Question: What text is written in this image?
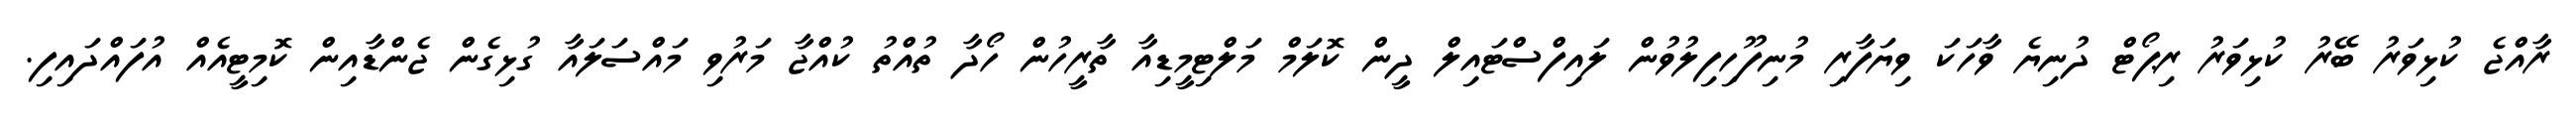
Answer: ރާއްޖެ ކުޅިވަރު ބޭރު ކުޅިވަރު ރިޕޯޓް ދުނިޔެ ވާހަކަ ވިޔަފާރި މުނިފޫހިފިލުވުން ލައިފްސްޓައިލް ދީން ކޮލަމް މަލްޓިމީޑިއާ ތާރީހުން ހޯދާ ތުއްތު ކުއްޖާ މަރުވި މައްސަލައާ ގުޅިގެން ޖެންޑާއިން ކޮމިޓީއެއް އުފައްދައިފި.